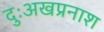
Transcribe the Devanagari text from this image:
दुःअखप्रनाश